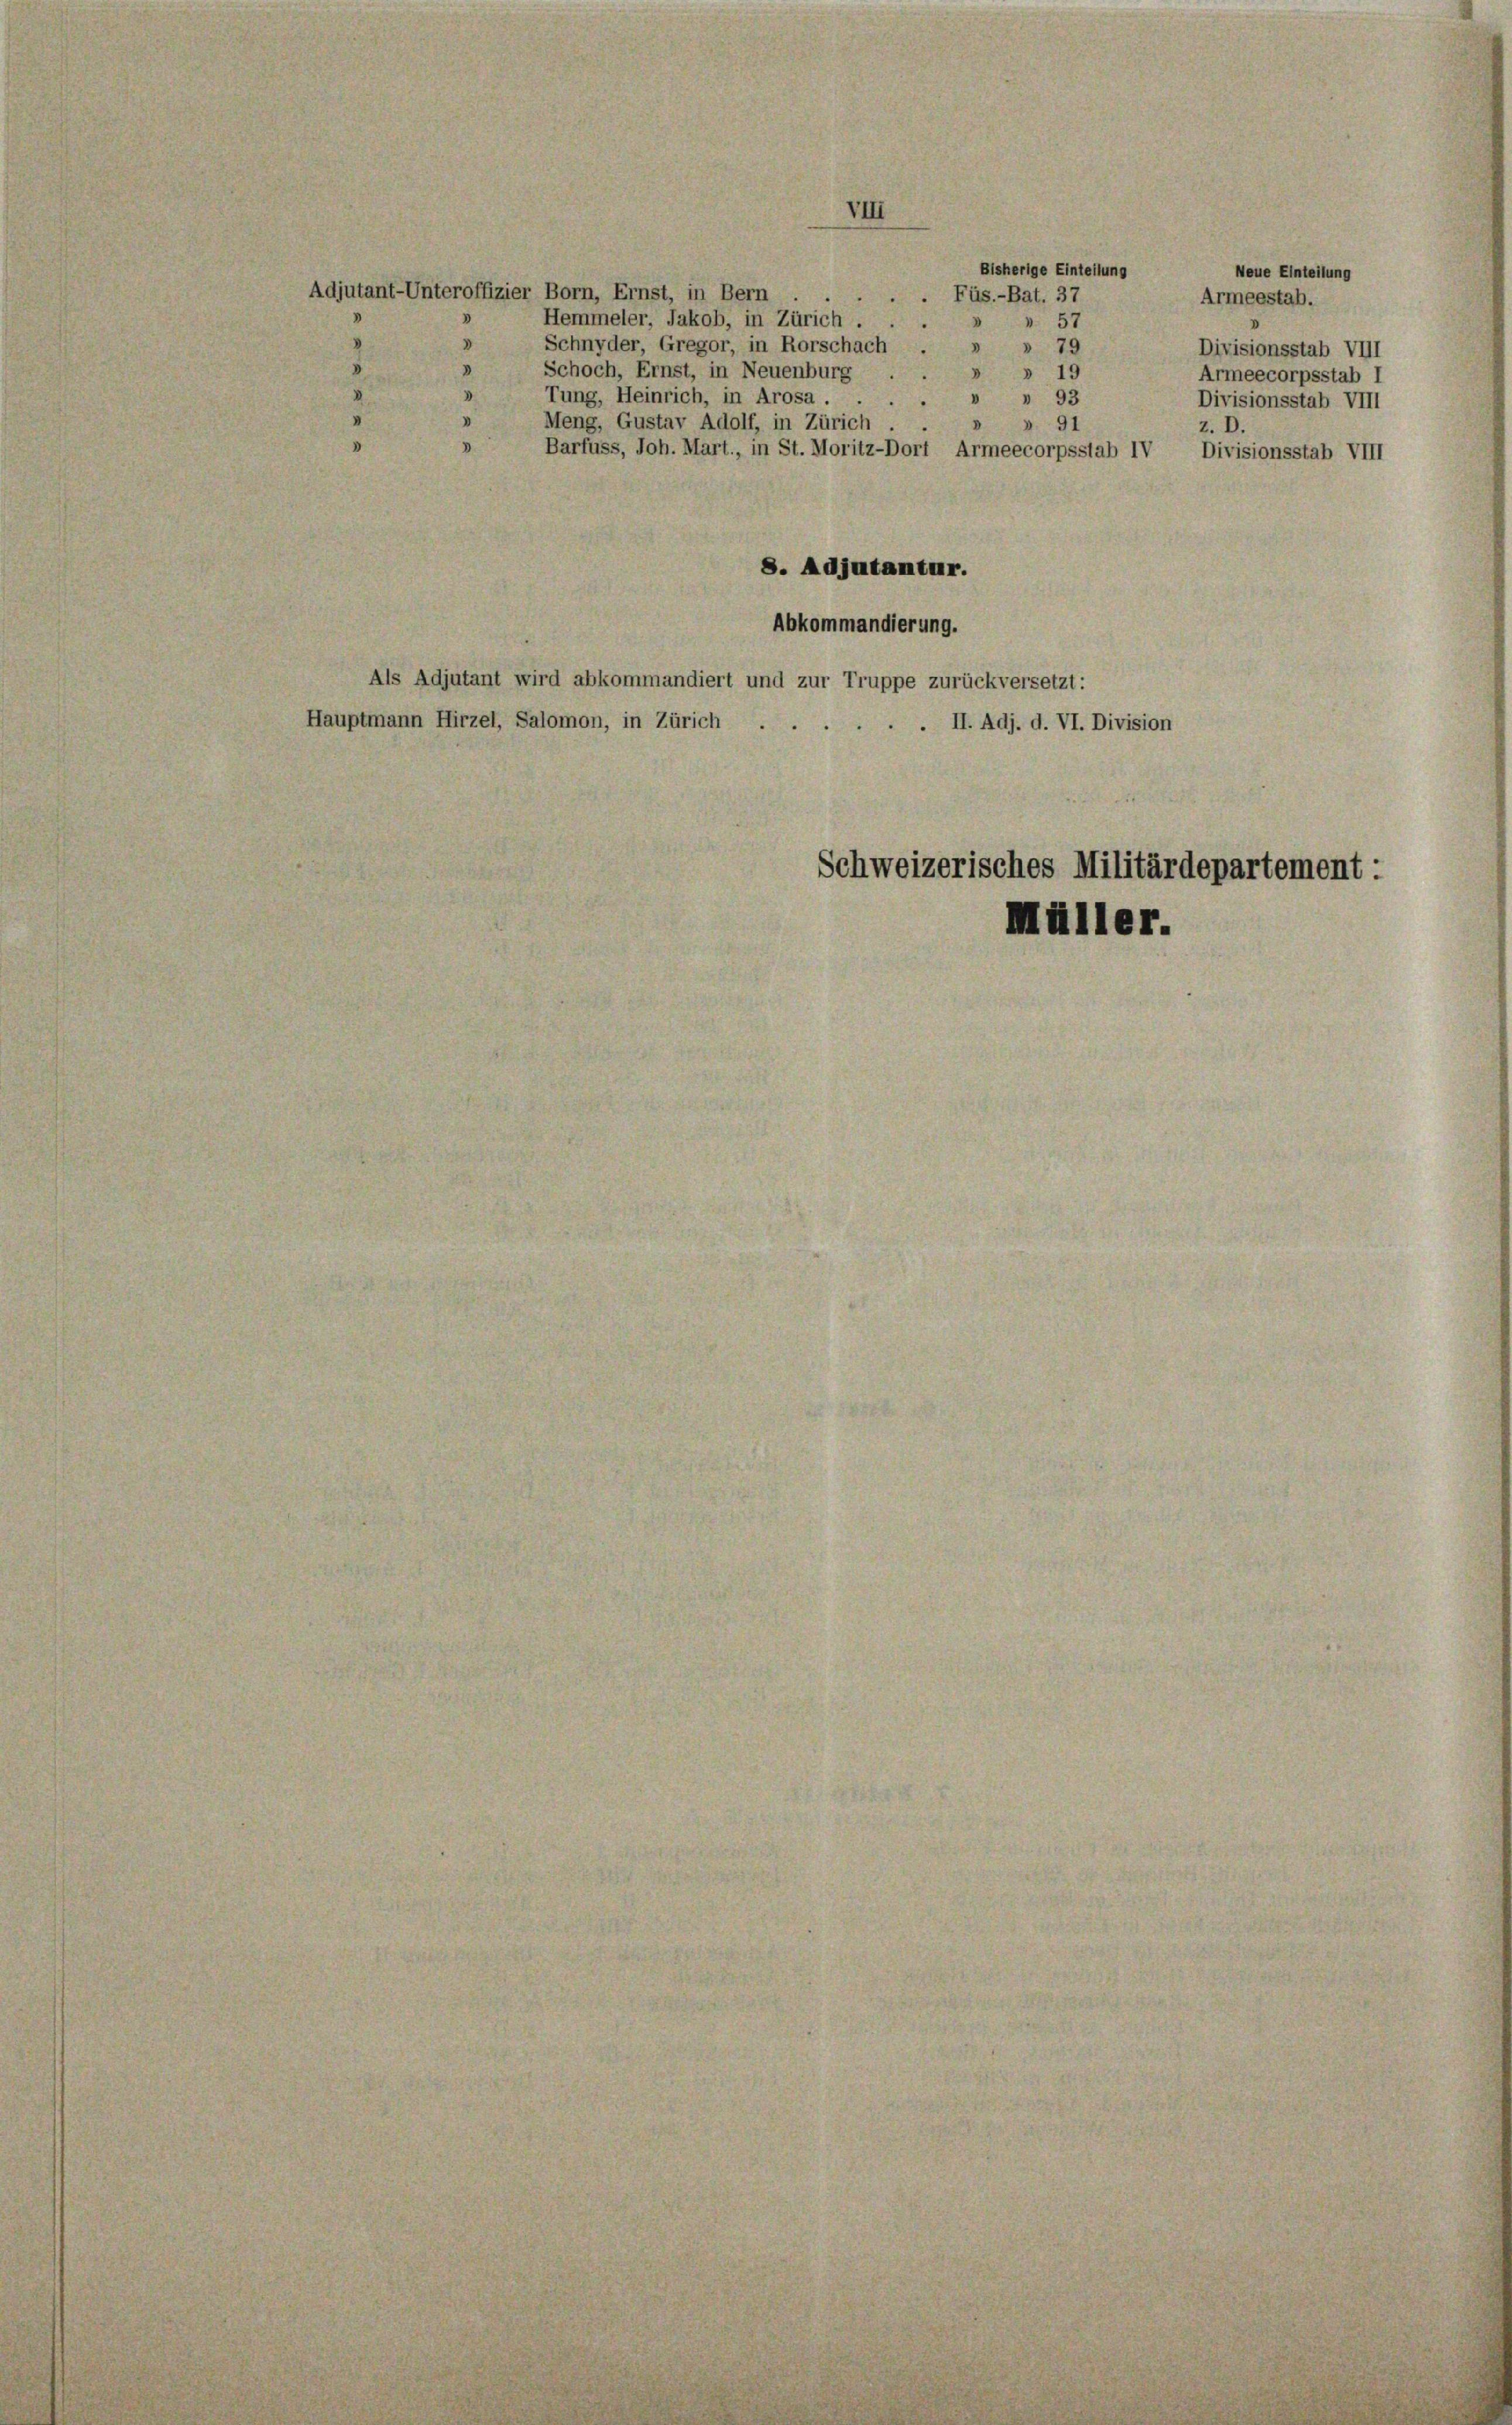
Schnyder, Gregor, in Rorschach . » » 79
Schoch, Ernst, in Neuenburg
Tung, Heinrich, in Arosa. " 93
V
Meng, Gustav Adolf, in Zürich.
8. Adjutantur.
Abkommandierung.
Als Adjutant wird abkommandiert und zur Truppe zurückversetzt:
Hauptmann Hirzel, Salomon, in Zürich . . . . . . II. Adj. d. VI. Division

Adjutant-Unteroffizier Born, Ernst, in Bern
Hemmeler, Jakob, in Zürich.

VIII

Bisherige Einteilung
Neue Einteilung
.Füs.-Bat. 37
Armeestab.
» 57
Divisionsstab VIII
» » 19
Armeecorpsstab I
Divisionsstab VIII
91
z. D.
Barfuss, Joh. Mart., in St. Moritz-Dort Armeecorpsstab IV Divisionsstab VIII

Schweizerisches Militärdepartement:
Müller.